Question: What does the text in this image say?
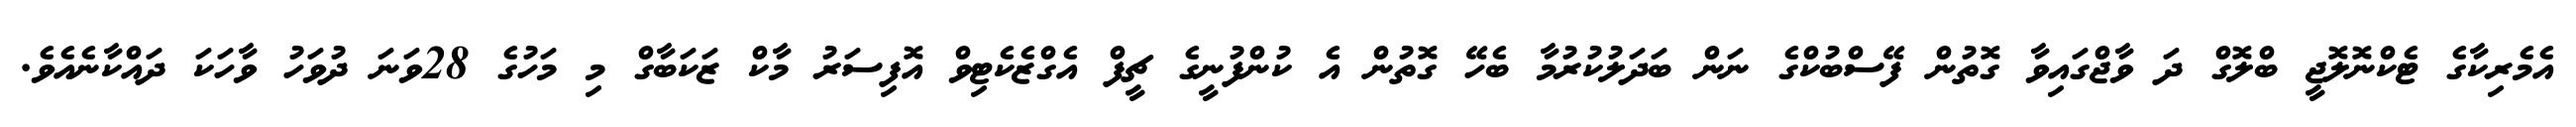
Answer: އެމެރިކާގެ ޓެކްނޮލޮޖީ ބްލޮގް ދަ ވާޖްގައިވާ ގޮތުން ފޭސްބުކްގެ ނަން ބަދަލުކުރުމާ ބެހޭ ގޮތުން އެ ކުންފުނީގެ ޗީފް އެގްޒެކެޓިވް އޮފިސަރު މާކް ޒަކަބާގް މި މަހުގެ 28ވަނަ ދުވަހު ވާހަކަ ދައްކާނެއެވެ.